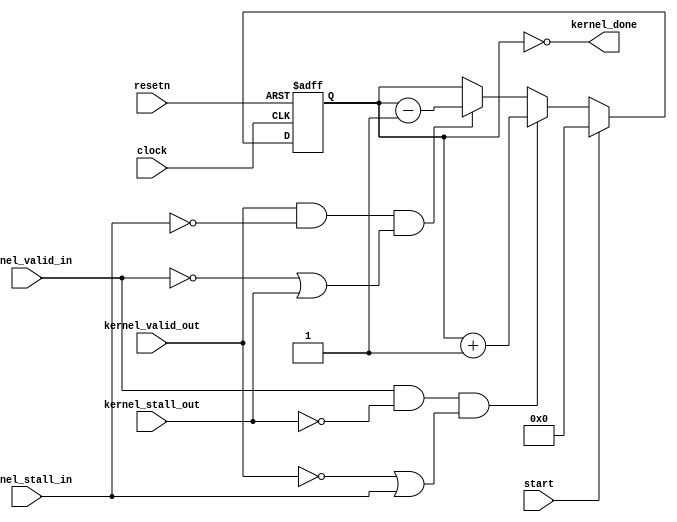
module acl_kernel_done_detector
#(
  parameter WIDTH = 32       // width of all the counters
)
(
  input clock,
  input resetn,
  input start,         // Assert to restart the iterators

  // listen to kernel's stall/valid signals
  input kernel_stall_out,
  input kernel_valid_in,
  input kernel_stall_in,
  input kernel_valid_out,
  
  // high when it looks like the kernel is done
  // only is true if all the groups were also dispatched
  output kernel_done
);

  // counter for number of items inside the kernel
  reg [WIDTH-1:0] items_not_done;
  
  // Valid_in to kernel will go low when the fifo inside the acl_id_iterator
  // becomes empty. This means there is no more groups to dispatch.
  assign all_items_sent = ~kernel_valid_in & ~kernel_stall_out;
  assign kernel_done = (items_not_done == {WIDTH{1'b0}});

  always @(posedge clock or negedge resetn)
  begin
    if ( ~resetn )
      items_not_done <= {WIDTH{1'b0}};
      
    else if ( start )
      items_not_done <= {WIDTH{1'b0}};
      
    else begin
        if (kernel_valid_in & ~kernel_stall_out & (~kernel_valid_out | kernel_stall_in))
          items_not_done <= (items_not_done + 2'b01);    
        else
        if (kernel_valid_out & ~kernel_stall_in & (~kernel_valid_in | kernel_stall_out))
            items_not_done <= (items_not_done - 2'b01);  
    end
  end
  
endmodule